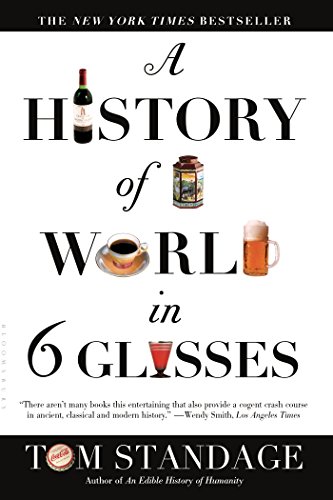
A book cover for A History of the World in 6 Glasses; Tom Standage; Cookbooks, Food & Wine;